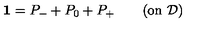
\mathbf { 1 } = P _ { - } + P _ { 0 } + P _ { + } \quad \quad ( \mathrm { o n \ } \mathcal { D } )